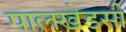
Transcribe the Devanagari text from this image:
पालखेडसी